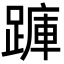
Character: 𮜇